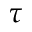
\tau